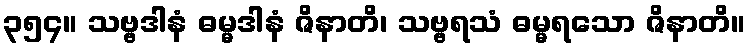
၃၅၄။ သဗ္ဗဒါနံ ဓမ္မဒါနံ ဇိနာတိ၊ သဗ္ဗရသံ ဓမ္မရသော ဇိနာတိ။